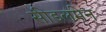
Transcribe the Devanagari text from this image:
सीडलमेन